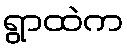
ရွာထဲက